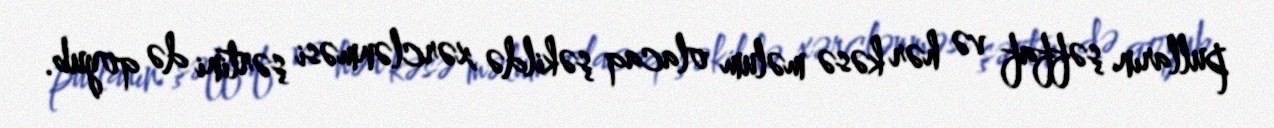
pulların şəffaf və hər kəsə məlum olacaq şəkildə xərclənməsi şərtini də qoyub.